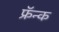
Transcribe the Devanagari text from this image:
फ्रॅन्क